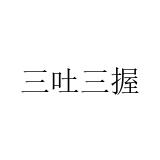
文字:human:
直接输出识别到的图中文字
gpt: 三吐三握